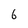
Character: 6